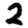
Digit: 2